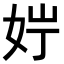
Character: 𪥭